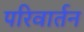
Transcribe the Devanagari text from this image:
परिवार्तन